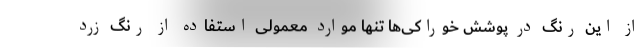
از این رنگ در پوشش خوراکی‌ها تنها موارد معمولی استفاده از رنگ زرد